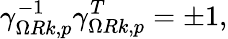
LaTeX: \gamma_{\Omega Rk,p}^{-1}\gamma_{\Omega Rk,p}^{T}=\pm 1,